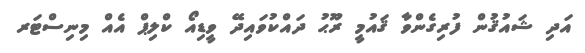
އަދި ޝައުޤުން ފުރިގެންވާ ޤައުމީ ރޫޙު ދައްކުވައިދޭ ވީޑިއޯ ކްލިޕް އެއް މިނިސްޓަރ